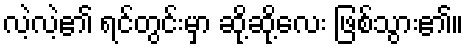
လဲ့လဲ့၏ ရင်တွင်းမှာ ဆို့ဆို့လေး ဖြစ်သွား၏။